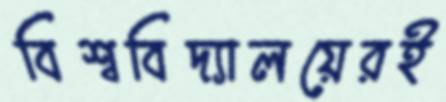
বিশ্ববিদ্যালয়েরই